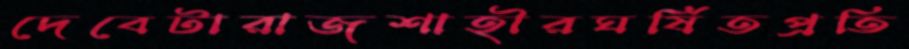
দেবেটারাজশাহীরঘর্ষিতপ্রতি